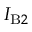
I _ { \mathrm { B } 2 }